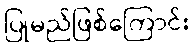
ပြုမည်ဖြစ်ကြောင်း